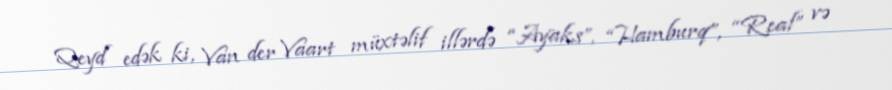
Qeyd edək ki, Van der Vaart müxtəlif illərdə “Ayaks”, “Hamburq”, “Real” və